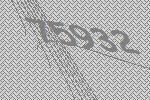
75932